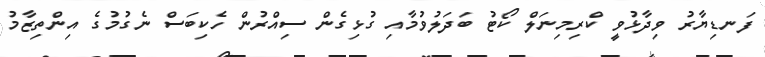
ފަނޑިޔާރު ވިދާޅުވީ ކްރިމިނަލް ކޯޓު ބަދަލުވުމާއި ގުޅިގެން ސިއްރުން ހެކިބަސް ނެގުމުގެ އިންތިޒާމު